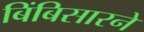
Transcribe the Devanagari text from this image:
बिंबिसारने